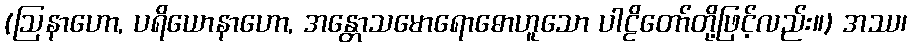
(ဩနာဟော, ပရိယောနာဟော, အန္တောသမောရောဓောဟူသော ပါဠိတော်တို့ဖြင့်လည်း။) အဿ၊